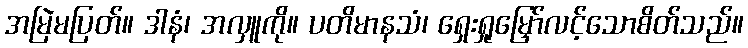
အမြဲမပြတ်။ ဒါနံ၊ အလှူကို။ ပတိမာနသံ၊ ရှေးရှုမြှော်လင့်သောစိတ်သည်။